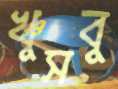
খুসবু